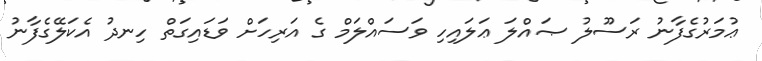
ޢުމަރުގެފާނު ރަސޫލު ޞައްލަ ޢަލައިހި ވަސައްލަމް ގެ އަރިހަށް ވަޑައިގަތް ހިނދު އެކަލޭގެފާނު